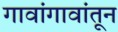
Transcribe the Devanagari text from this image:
गावांगावांतून